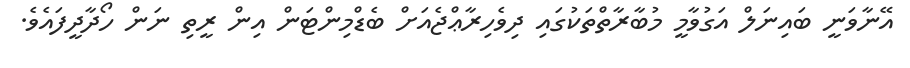
އޭނާވަނީ ބައިނަލް އަގުވާމީ މުބާރާތްތަކުގައި ދިވެހިރާޢްޖެއަށް ބެޑްމިންޓަން އިން ރީތި ނަން ހޯދާދީފައެވެ.